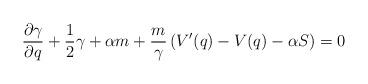
LaTeX: \begin{align*} \frac{\partial \gamma}{\partial q}+\frac{1}{2}\gamma+\alpha m+\frac{m}{\gamma}\left(V'(q)-V(q)-\alpha S\right)=0\end{align*}